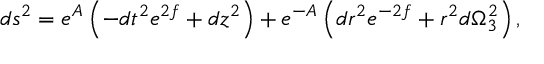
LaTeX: d s ^ { 2 } = e ^ { A } \left( - d t ^ { 2 } e ^ { 2 f } + d z ^ { 2 } \right) + e ^ { - A } \left( d r ^ { 2 } e ^ { - 2 f } + r ^ { 2 } d \Omega _ { 3 } ^ { 2 } \right) ,